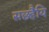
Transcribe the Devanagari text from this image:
सछ्हैयि